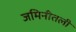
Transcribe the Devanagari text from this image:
जमिनीतली